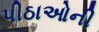
પીઠાઓની